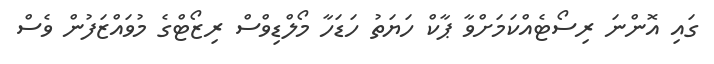
ގައި އޮންނަ ރިސޯޓެއްކަމަށްވާ ޕާކް ހަޔަތު ހަޑަހާ މޯލްޑިވްސް ރިޒޯޓްގެ މުވައްޒަފުން ވެސް